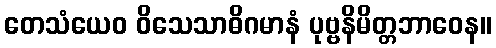
တေသံယေဝ ဝိသေသာဓိဂမာနံ ပုဗ္ဗနိမိတ္တဘာဝေန။